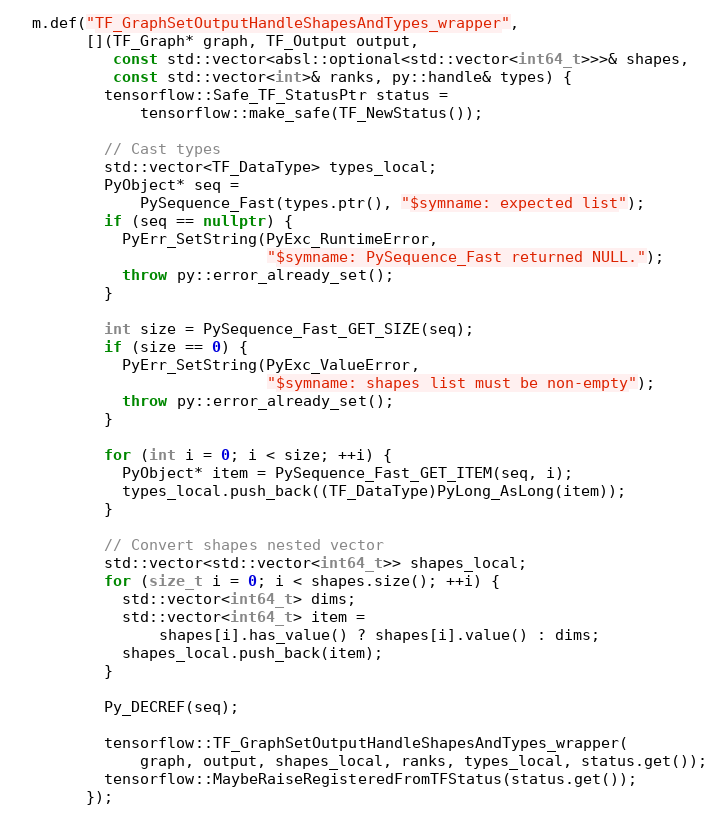
Language: C++
  m.def("TF_GraphSetOutputHandleShapesAndTypes_wrapper",
        [](TF_Graph* graph, TF_Output output,
           const std::vector<absl::optional<std::vector<int64_t>>>& shapes,
           const std::vector<int>& ranks, py::handle& types) {
          tensorflow::Safe_TF_StatusPtr status =
              tensorflow::make_safe(TF_NewStatus());

          // Cast types
          std::vector<TF_DataType> types_local;
          PyObject* seq =
              PySequence_Fast(types.ptr(), "$symname: expected list");
          if (seq == nullptr) {
            PyErr_SetString(PyExc_RuntimeError,
                            "$symname: PySequence_Fast returned NULL.");
            throw py::error_already_set();
          }

          int size = PySequence_Fast_GET_SIZE(seq);
          if (size == 0) {
            PyErr_SetString(PyExc_ValueError,
                            "$symname: shapes list must be non-empty");
            throw py::error_already_set();
          }

          for (int i = 0; i < size; ++i) {
            PyObject* item = PySequence_Fast_GET_ITEM(seq, i);
            types_local.push_back((TF_DataType)PyLong_AsLong(item));
          }

          // Convert shapes nested vector
          std::vector<std::vector<int64_t>> shapes_local;
          for (size_t i = 0; i < shapes.size(); ++i) {
            std::vector<int64_t> dims;
            std::vector<int64_t> item =
                shapes[i].has_value() ? shapes[i].value() : dims;
            shapes_local.push_back(item);
          }

          Py_DECREF(seq);

          tensorflow::TF_GraphSetOutputHandleShapesAndTypes_wrapper(
              graph, output, shapes_local, ranks, types_local, status.get());
          tensorflow::MaybeRaiseRegisteredFromTFStatus(status.get());
        });